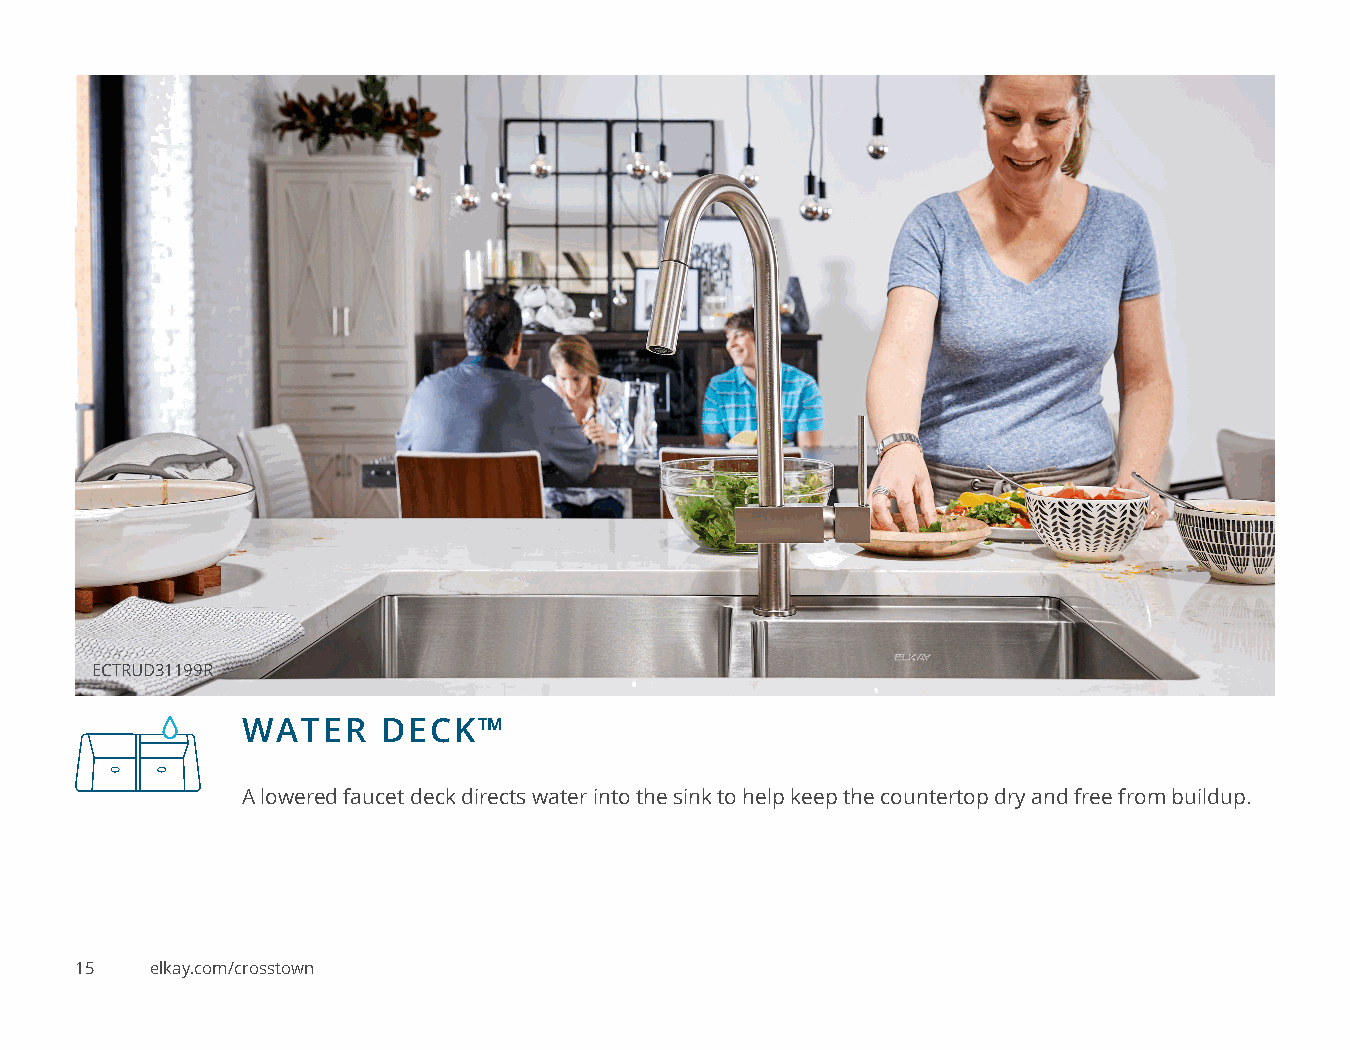
ECTRUD31199R
 WATER    DECK™
 A lowered faucet deck directs water into the sink to help keep the countertop dry and free from buildup.
 15   elkay.com/crosstown